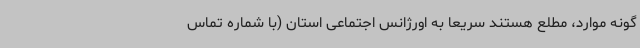
گونه موارد، مطلع هستند سریعاً به اورژانس اجتماعی استان (با شماره تماس